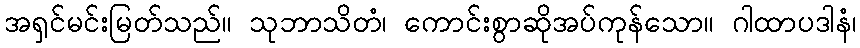
အရှင်မင်းမြတ်သည်။ သုဘာသိတံ၊ ကောင်းစွာဆိုအပ်ကုန်သော။ ဂါထာပဒါနံ၊